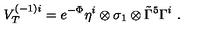
V _ { T } ^ { ( - 1 ) i } = e ^ { - \Phi } \eta ^ { i } \otimes \sigma _ { 1 } \otimes \tilde { \Gamma } ^ { 5 } \Gamma ^ { i } \ .